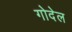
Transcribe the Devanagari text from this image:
गोदेल